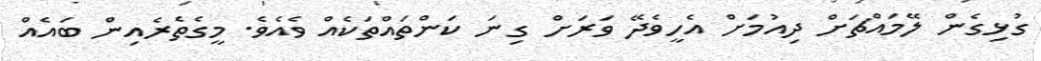
ގުޅިގެން ލޭމައްޗަށް ދިއުމަށް އެހީވެދޭ ވަރަށް ގިނަ ކަންތައްތަކެއް ވެއެވެ. މީގެތެެރެއިން ބައެއް